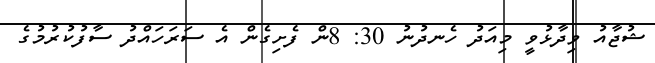
ޝުޖާއު ވިދާޅުވީ މިއަދު ހެނދުނު 30: 8ން ފެށިގެން އެ ސަރަހައްދު ސާފުކުރުމުގެ